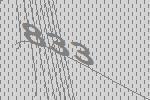
833